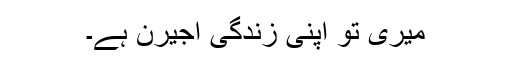
میری تو اپنی زندگی اجیرن ہے۔